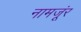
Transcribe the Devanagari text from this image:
नामजूंर